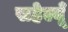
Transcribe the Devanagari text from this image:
सहेल्यूँ